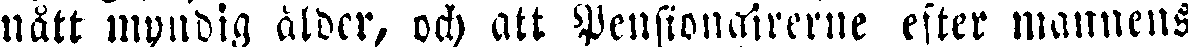
nått myndig ålder, och att Pensionairerne efter mannens